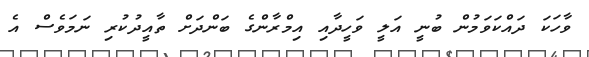
ވާހަކަ ދައްކަވަމުން ބުނީ އަލީ ވަހީދާއި އިމްރާންގެ ބަންދަށް ތާއީދުކުރި ނަމަވެސް އެ